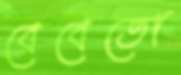
বেবেতো